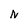
Character: N